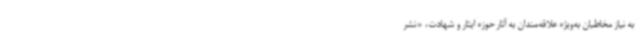
به نیاز مخاطبان به‌ویژه علاقه‌مندان به آثار حوزه ایثار و شهادت، «نشر